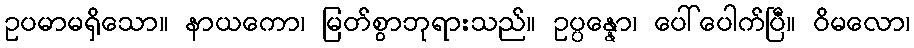
ဥပမာမရှိသော။ နာယကော၊ မြတ်စွာဘုရားသည်။ ဥပ္ပန္နော၊ ပေါ်ပေါက်ပြီ။ ဝိမလော၊